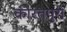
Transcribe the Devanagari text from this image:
कीरतपुरी